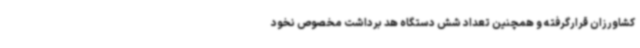
کشاورزان قرارگرفته و همچنین تعداد شش دستگاه هد برداشت مخصوص نخود